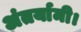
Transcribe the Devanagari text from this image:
अंतर्यामी।